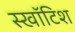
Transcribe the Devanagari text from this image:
स्खॉटिश